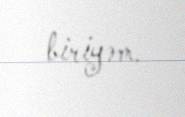
biriyəm.